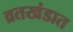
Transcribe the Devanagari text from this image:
व्रतखंडात